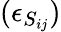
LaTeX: (\epsilon_{S_{ij}})